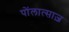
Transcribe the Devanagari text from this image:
पोंलात्साज़